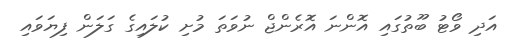
އަދި ވޯޓު ބޫތުގައި އޮންނަ އޮރެންޖް ނުވަތަ މުށި ކުލައިގެ ގަލަން ފިޔަވައި